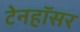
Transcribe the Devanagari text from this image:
टेनहॉसर